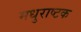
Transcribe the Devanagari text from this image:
मधुराष्टक